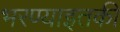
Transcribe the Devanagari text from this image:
भरण्याइतकी